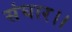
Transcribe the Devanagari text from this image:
संघार।।